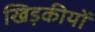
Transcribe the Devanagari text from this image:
खिड़कीयों